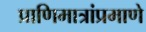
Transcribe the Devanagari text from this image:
प्राणिमात्रांप्रमाणे